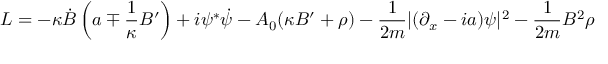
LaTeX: { \cal L } = - \kappa \dot { B } \left( a \mp \frac { 1 } { \kappa } B ^ { \prime } \right) + i \psi ^ { \ast } \dot { \psi } - A _ { 0 } ( \kappa B ^ { \prime } + \rho ) - \frac { 1 } { 2 m } | ( \partial _ { x } - i a ) \psi | ^ { 2 } - \frac { 1 } { 2 m } B ^ { 2 } \rho